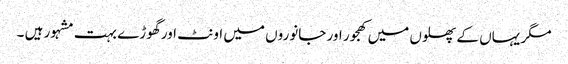
مگر یہاں کے پھلوں میں کھجور اور جانوروں میں اونٹ اور گھوڑے بہت مشہور ہیں ۔